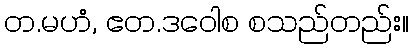
တ.မဟံ, ဧတ.ဒဝေါစ စသည်တည်း။